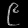
Digit: ၉